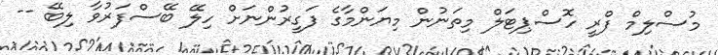
މުސްލިމް ފްރީ ހޮސްޕިޓަލް މިތަނުން މިޔަންމާގެ ފަގީރުންނަށް ހިލޭ ބޭސްފަރުވާ ލިބޭ --